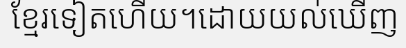
ខ្មែរទៀតហើយ។ដោយយល់ឃើញ